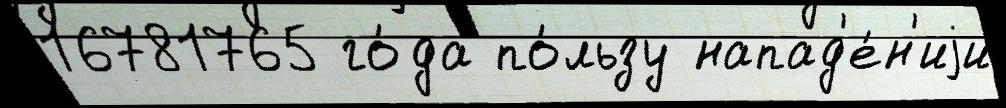
16781765 го́да по́льзу напад'е́н'иjи